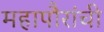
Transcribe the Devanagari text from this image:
महापौरांची